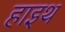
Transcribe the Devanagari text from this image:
हाइथ